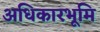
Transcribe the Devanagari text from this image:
अधिकारभूमि